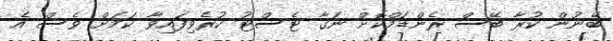
ބޭނުން ކުރާ ބޭސް ރެންޑަމްކޮށް ނަގާ ޓެސްޓު ކުރެވިފައިވާ ކަމަށް ވެސް އެ